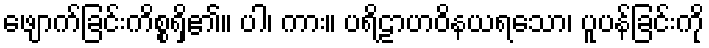
ဖျောက်ခြင်းကိစ္စရှိ၏။ ပါ၊ ကား။ ပရိဠာဟဝိနယရသော၊ ပူပန်ခြင်းကို